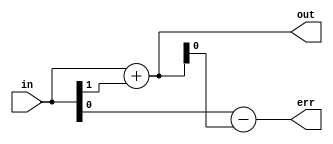
module round
  #(parameter bits_in=0,
    parameter bits_out=0,
    parameter round_to_zero=0,       // original behavior
    parameter round_to_nearest=1,    // lowest noise
    parameter trunc=0)               // round to negative infinity
    (input [bits_in-1:0] in,
     output [bits_out-1:0] out,
     output [bits_in-bits_out:0] err);

   wire 			 round_corr,round_corr_trunc,round_corr_rtz,round_corr_nearest,round_corr_nearest_safe;
   
   assign 			 round_corr_trunc = 0;
   assign 			 round_corr_rtz = (in[bits_in-1] & |in[bits_in-bits_out-1:0]);
   assign 			 round_corr_nearest = in[bits_in-bits_out-1];

   generate
      if(bits_in-bits_out > 1)
	assign 			 round_corr_nearest_safe = (~in[bits_in-1] & (&in[bits_in-2:bits_out])) ? 0 :
				 round_corr_nearest;
      else
	assign round_corr_nearest_safe = round_corr_nearest;
   endgenerate
   
      
   assign round_corr = round_to_nearest ? round_corr_nearest_safe :
		       trunc ? round_corr_trunc : 
		       round_to_zero ? round_corr_rtz :
		       0;  // default to trunc
      
   assign out = in[bits_in-1:bits_in-bits_out] + round_corr;
   
   assign err = in - {out,{(bits_in-bits_out){1'b0}}};
   
endmodule